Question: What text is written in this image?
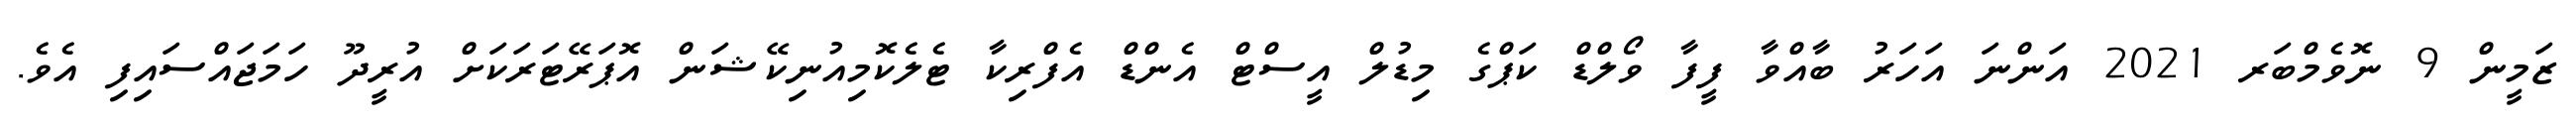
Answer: ޒަމީން 9 ނޮވެމްބަރ 2021 އަންނަ އަހަރު ބާއްވާ ފީފާ ވޯލްޑް ކަޕްގެ މިޑުލް އީސްޓް އެންޑް އެފްރިކާ ޓެލެކޮމިއުނިކޭޝަން އޮޕަރޭޓަރަކަށް އުރީދޫ ހަމަޖައްސައިފި އެވެ.